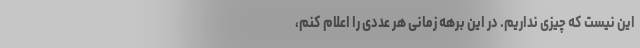
این نیست که چیزی نداریم. در این برهه زمانی هر عددی را اعلام کنم،